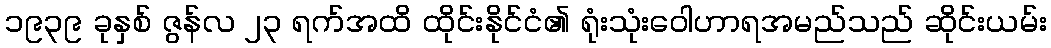
၁၉၃၉ ခုနှစ် ဇွန်လ ၂၃ ရက်အထိ ထိုင်းနိုင်ငံ၏ ရုံးသုံးဝေါဟာရအမည်သည် ဆိုင်းယမ်း